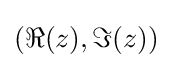
(\Re (z),\Im (z))